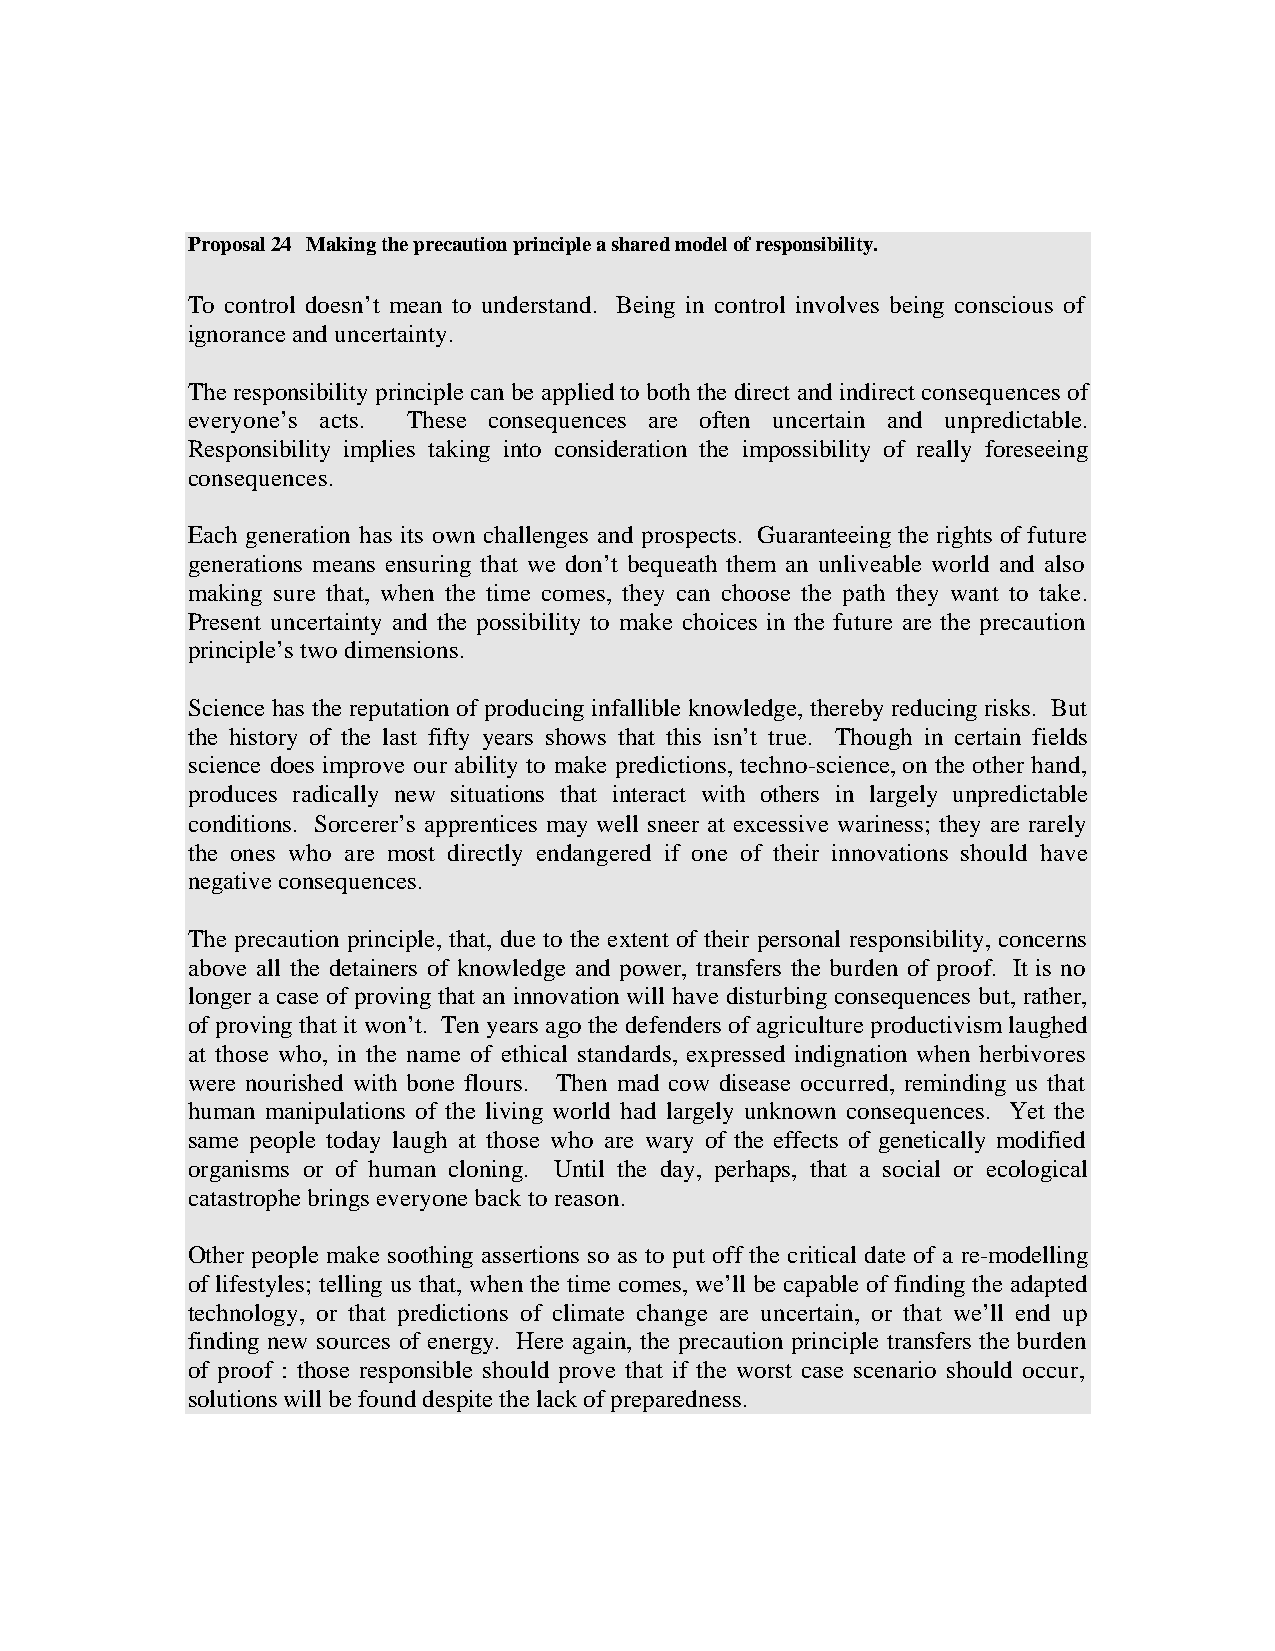
Proposal 24 Making the precaution principle a shared model of responsibility.
 To control doesn’t mean to understand. Being in control involves being conscious of
 ignorance and uncertainty.
 The responsibility principle can be applied to both the direct and indirect consequences of
 everyone’s acts. These consequences are often uncertain and unpredictable.
 Responsibility implies taking into consideration the impossibility of really foreseeing
 consequences.
 Each generation has its own challenges and prospects. Guaranteeing the rights of future
 generations means ensuring that we don’t bequeath them an unliveable world and also
 making sure that, when the time comes, they can choose the path they want to take.
 Present uncertainty and the possibility to make choices in the future are the precaution
 principle’s two dimensions.
 Science has the reputation of producing infallible knowledge, thereby reducing risks. But
 the history of the last fifty years shows that this isn’t true. Though in certain fields
 science does improve our ability to make predictions, techno-science, on the other hand,
 produces radically new situations that interact with others in largely unpredictable
 conditions. Sorcerer’s apprentices may well sneer at excessive wariness; they are rarely
 the ones who are most directly endangered if one of their innovations should have
 negative consequences.
 The precaution principle, that, due to the extent of their personal responsibility, concerns
 above all the detainers of knowledge and power, transfers the burden of proof. It is no
 longer a case of proving that an innovation will have disturbing consequences but, rather,
 of proving that it won’t. Ten years ago the defenders of agriculture productivism laughed
 at those who, in the name of ethical standards, expressed indignation when herbivores
 were nourished with bone flours. Then mad cow disease occurred, reminding us that
 human manipulations of the living world had largely unknown consequences. Yet the
 same people today laugh at those who are wary of the effects of genetically modified
 organisms or of human cloning. Until the day, perhaps, that a social or ecological
 catastrophe brings everyone back to reason.
 Other people make soothing assertions so as to put off the critical date of a re-modelling
 of lifestyles; telling us that, when the time comes, we’ll be capable of finding the adapted
 technology, or that predictions of climate change are uncertain, or that we’ll end up
 finding new sources of energy. Here again, the precaution principle transfers the burden
 of proof : those responsible should prove that if the worst case scenario should occur,
 solutions will be found despite the lack of preparedness.